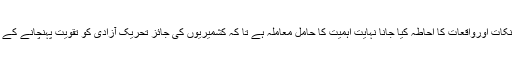
کشمیریوں کی تحریک کے لئے بڑے نقصانات کے موجب ا مور، نکات اورواقعات کا احاطہ کیا جانا نہایت اہمیت کا حامل معاملہ ہے تا کہ کشمیریوں کی جائز تحریک آزادی کو تقویت پہنچانے کے ساتھ ساتھ اس کے خلاف ناجائز الزامات کو بھی زائل کیا جا سکے۔